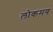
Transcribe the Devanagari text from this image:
लोकमय